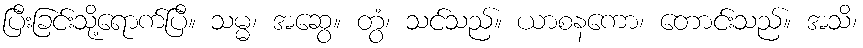
ပြီးခြင်းသို့ရောက်ပြီ။ သမ္မ၊ အဆွေ။ တွံ၊ သင်သည်။ ယာစနကော၊ တောင်းသည်။ အသိ၊